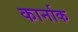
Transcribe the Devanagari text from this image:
कार्नाक